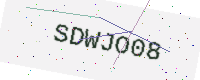
Text: SDWJO08